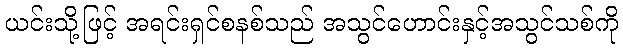
ယင်းသို့ဖြင့် အရင်းရှင်စနစ်သည် အသွင်ဟောင်းနှင့်အသွင်သစ်ကို